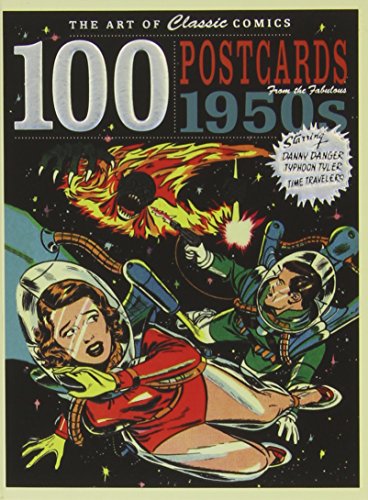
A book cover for The Art of Classic Comics: 100 Postcards fom the Fabulous 1950s; Ilex Press; Comics & Graphic Novels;